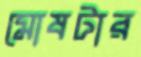
মোষটার